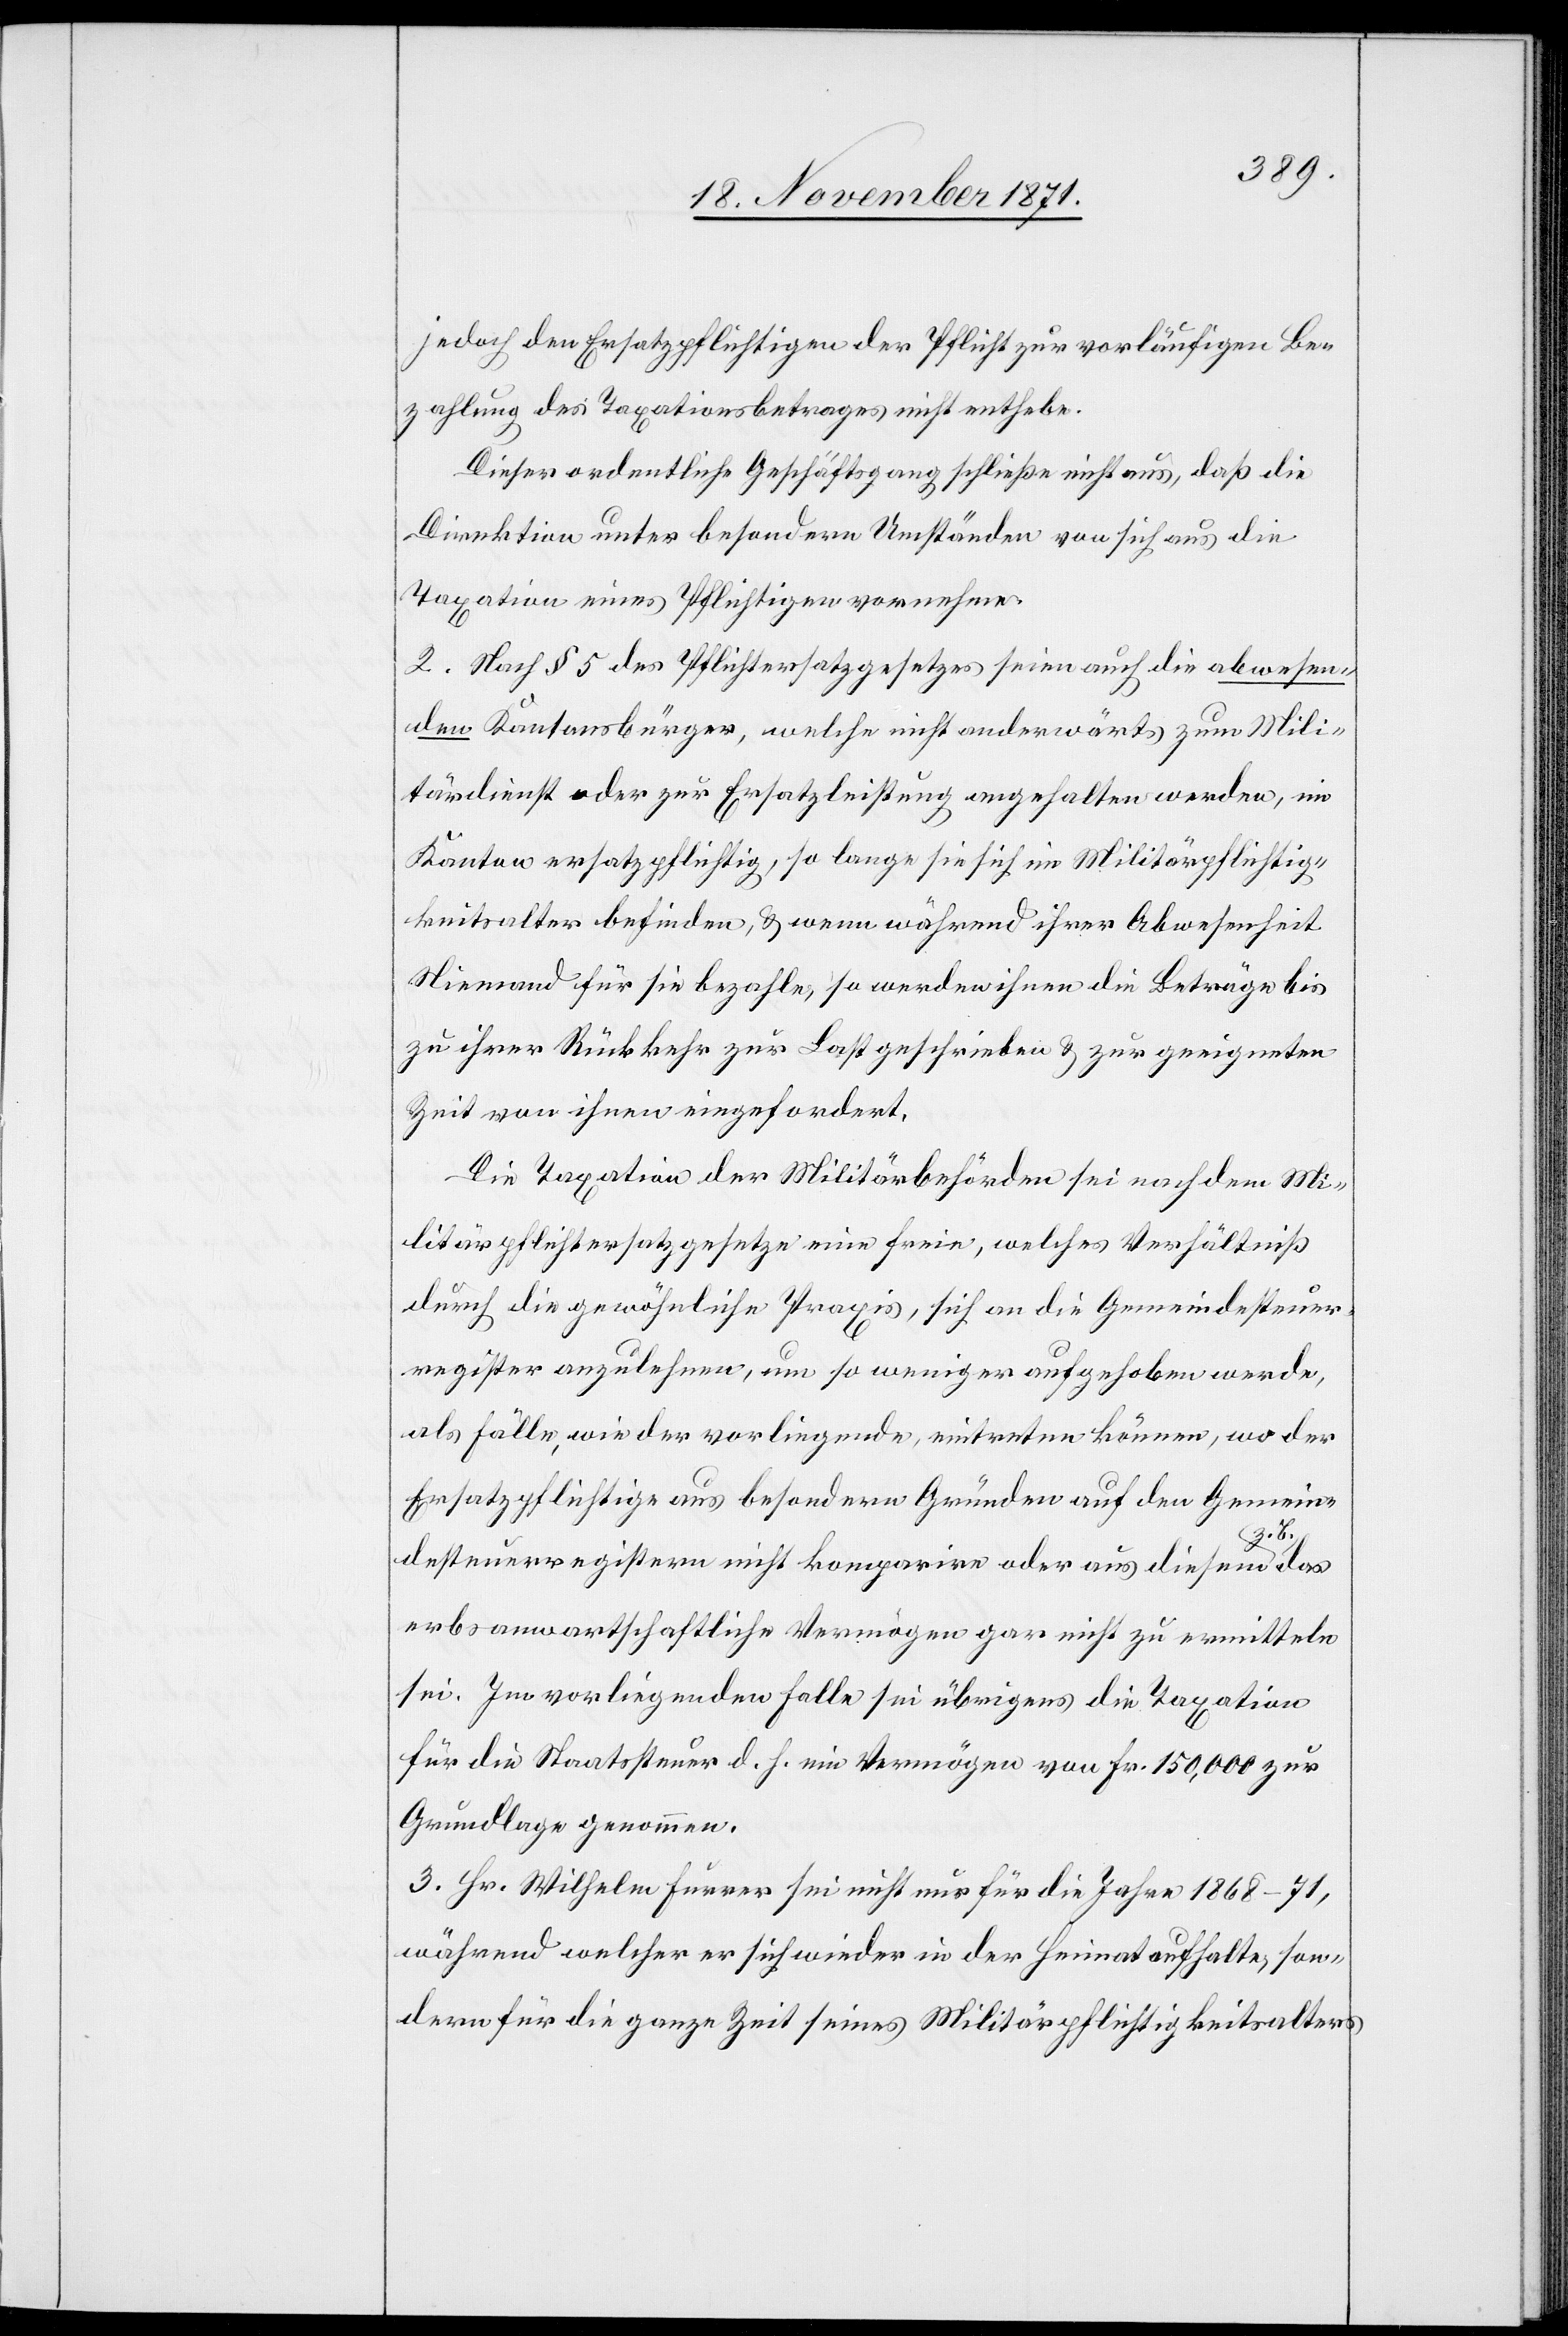
jedoch den Ersatzpflichtigen der Pflicht zur vorläufigen Be¬
zahlung des Taxationsbetrages nicht enthebe.
Dieser ordentliche Geschäftsgang schließe nicht aus, daß die
Direktion unter besonderen Umständen von sich aus die
Taxation eines Pflichtigen vornehme.
2. Nach § 5 des Pflichtersatzgesetzes seien auch die abwesen¬
den Kantonsbürger, welche nicht anderwärts zum Mili¬
tärdienst oder zur Ersatzleistung angehalten werden, im
Kanton ersatzpflichtig, so lange sie sich im Militärpflichtig¬
keitsalter befinden, & wenn während ihrer Abwesenheit
Niemand für sie bezahle, so werden ihnen die Beträge bis
zu ihrer Rückkehr zur Last geschrieben & zur geeigneten
Zeit von ihnen eingefordert.
Die Taxation der Militärbehörden sei nach dem Mi¬
litärpflichtersatzgesetze eine freie, welches Verhältniß
durch die gewöhnliche Praxis, sich an die Gemeindesteuer¬
register anzulehnen, um so weniger aufgehoben werde,
als Fälle, wie der vorliegende, eintreten können, wo der
Ersatzpflichtige aus besondern Gründen auf den Gemein¬
desteuerregistern nicht komparire oder aus diesem z. B. das
erbanwartschaftliche Vermögen gar nicht zu ermitteln
sei. Im vorliegenden Falle sei übrigens die Taxation
für die Staatssteuer d. h. ein Vermögen von Fr. 150,000 zur
Grundlage genommen.
3. Hr. Wilhelm Furrer sei nicht nur für die Jahre 1868–71,
während welcher er sich wieder in der Heimat aufhalte, son¬
dern für die ganze Zeit seines Militärpflichtigkeitsalters